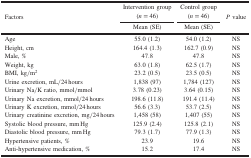
| <ROWSPAN=4> Factors | Intervention group | Control group | <ROWSPAN=4> P value |
 | (n = 46) | (n = 46) |
 | Mean (SE) | Mean (SE) |
 | --- | --- | --- | --- |
 | Age | 55.0 (1.2) | 54.0 (1.2) | NS |
 | Height, cm | 164.4 (1.3) | 162.7 (0.9) | NS |
 | Male, % | 47.8 | 47.8 | NS |
 | Weight, kg | 63.0 (1.8) | 62.5 (1.7) | NS |
 | BMI, kg/m2 | 23.2 (0.5) | 23.5 (0.5) | NS |
 | Urine excretion, mL/24 hours | 1,838 (97) | 1,784 (127) | NS |
 | Urinary Na/K ratio, mmol/mmol | 3.78 (0.23) | 3.64 (0.15) | NS |
 | Urinary Na excretion, mmol/24 hours | 198.6 (11.8) | 191.4 (11.4) | NS |
 | Urinary K excretion, mmol/24 hours | 56.6 (3.3) | 53.7 (2.5) | NS |
 | Urinary creatinine excretion, mg/24 hours | 1,458 (58) | 1,407 (55) | NS |
 | Systolic blood pressure, mm Hg | 125.9 (2.4) | 125.8 (2.1) | NS |
 | Diastolic blood pressure, mm Hg | 79.3 (1.7) | 77.9 (1.3) | NS |
 | Hypertensive patients, % | 23.9 | 19.6 | NS |
 | Anti-hypertensive medication, % | 15.2 | 17.4 | NS |